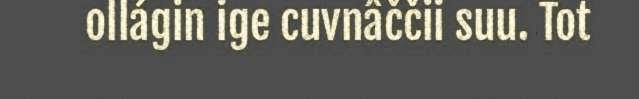
ollágin ige cuvnâččii suu. Tot